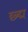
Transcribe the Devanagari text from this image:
छ्द्म